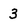
Character: 3